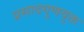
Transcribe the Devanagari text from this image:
प्रसादगुणयुक्त